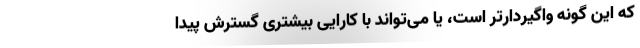
که این گونه واگیردارتر است، یا می‌تواند با کارایی بیشتری گسترش پیدا